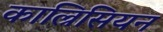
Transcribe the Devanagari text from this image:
काल्रिसियन